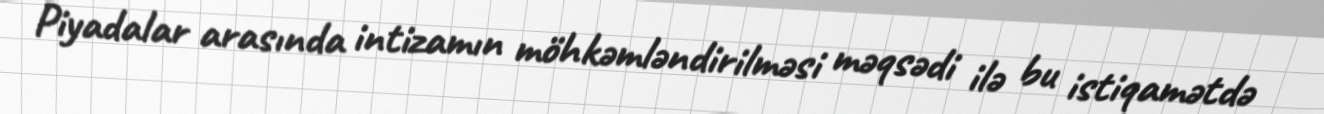
Piyadalar arasında intizamın möhkəmləndirilməsi məqsədi ilə bu istiqamətdə